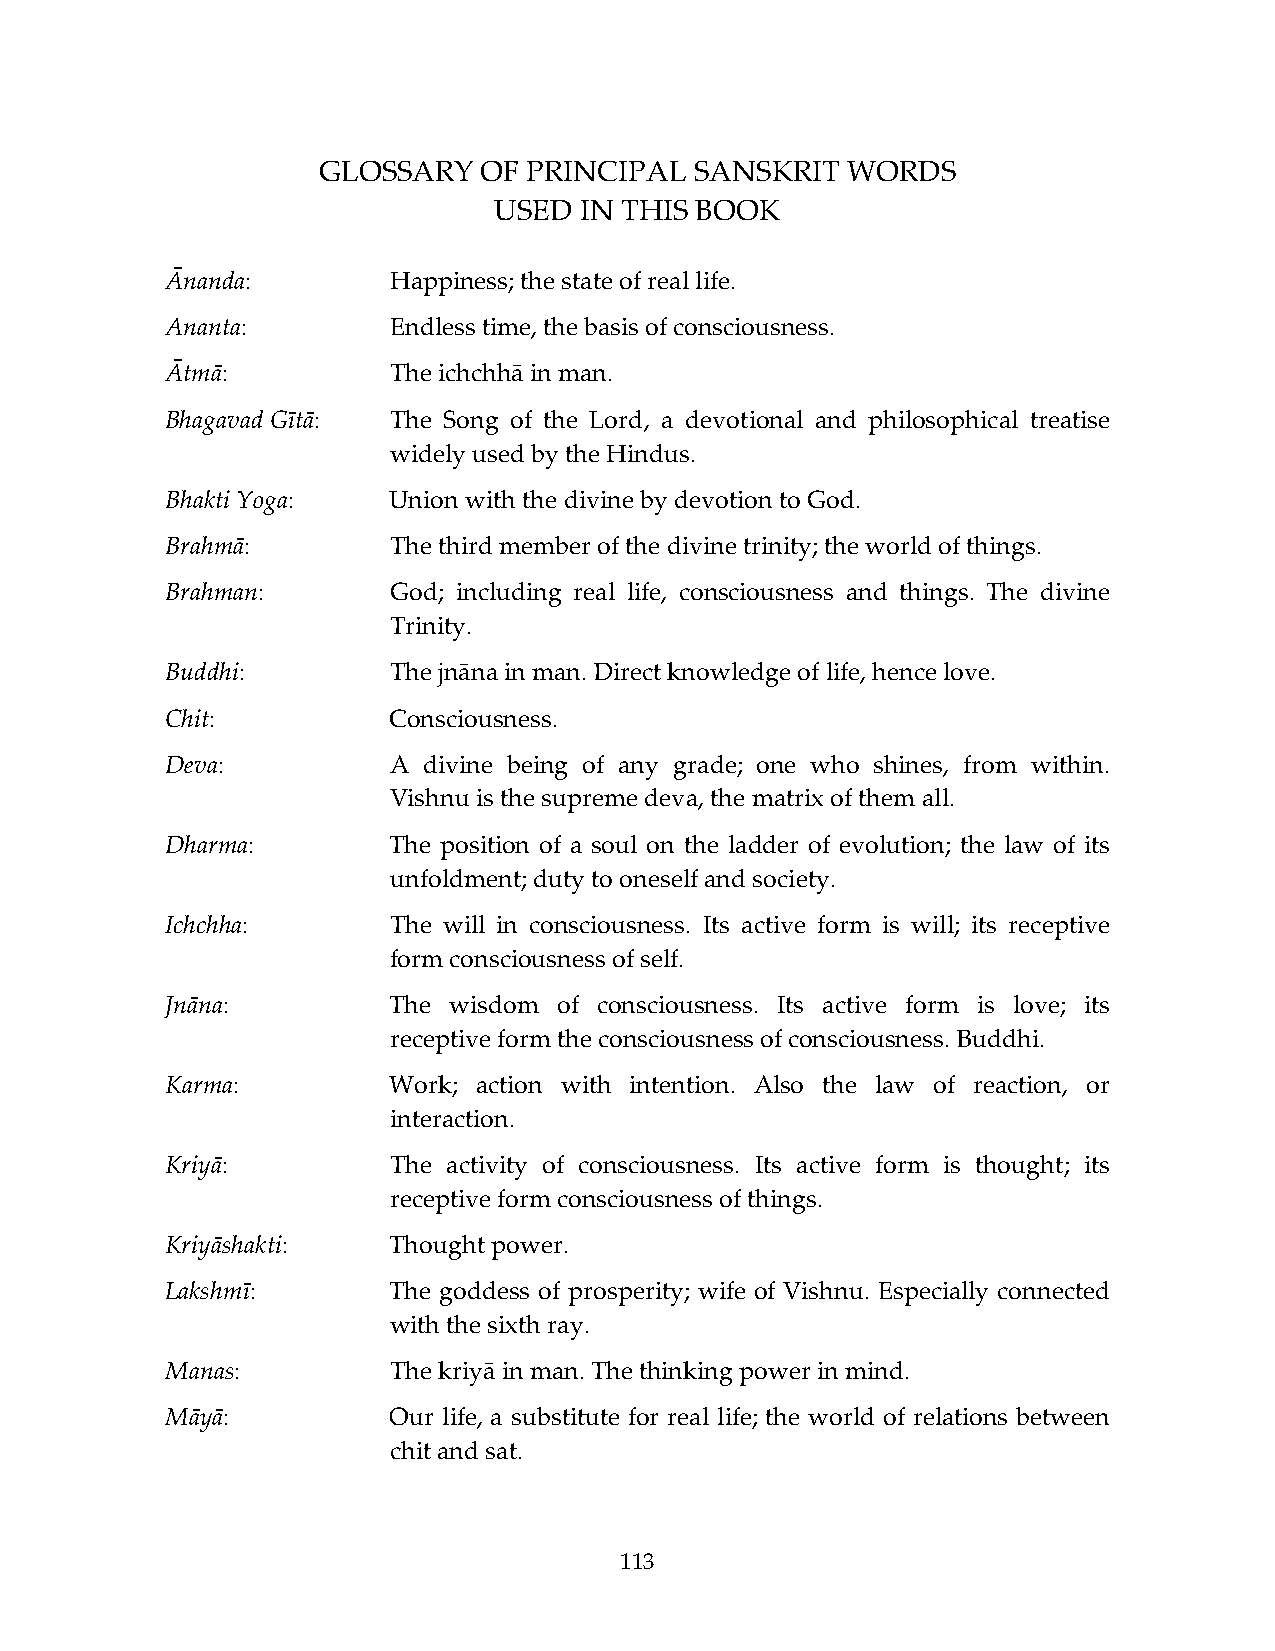
GLOSSARY   OF PRINCIPAL  SANSКRIT  WORDS
 USED IN THIS BOOK
 Ānanda:        Happiness; the state of real life.
 Ananta:        Endless time, the basis of consciousness.
 Ātmā:          The ichchhā in man.
 Bhagavad Gītā: The Song of the Lord, a devotional and philosophical treatise
 widely used by the Hindus.
 Bhakti Yoga:   Union with the divine by devotion to God.
 Brahmā:        The third member of the divine trinity; the world of things.
 Brahman:       God; including real life, consciousness and things. The divine
 Trinity.
 Buddhi:        The jnāna in man. Direct knowledge of life, hence love.
 Chit:          Consciousness.
 Deva:          A divine being of any grade; one who shines, from within.
 Vishnu is the supreme deva, the matrix of them all.
 Dharma:        The position of a soul on the ladder of evolution; the law of its
 unfoldment; duty to oneself and society.
 Ichchha:       The will in consciousness. Its active form is will; its receptive
 form consciousness of self.
 Jnāna:         The wisdom of consciousness. Its active form is love; its
 receptive form the consciousness of consciousness. Buddhi.
 Karma:         Work; action with intention. Also the law of reaction, or
 interaction.
 Kriyā:         The activity of consciousness. Its active form is thought; its
 receptive form consciousness of things.
 Kriyāshakti:   Thought power.
 Lakshmī:       The goddess of prosperity; wife of Vishnu. Especially connected
 with the sixth ray.
 Manas:         The kriyā in man. The thinking power in mind.
 Māyā:          Our life, a substitute for real life; the world of relations between
 chit and sat.
 113